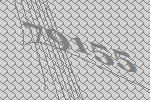
79155